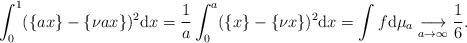
LaTeX: \begin{align*}\int_0^1 (\{ ax\} - \{\nu a x\})^2 \mathrm{d}x = \frac{1}{a} \int_0^a (\{ x\} - \{\nu x\})^2 \mathrm{d} x = \int f \mathrm{d}\mu_a \underset{a\to\infty}{\longrightarrow } \frac{1}{6}. \end{align*}